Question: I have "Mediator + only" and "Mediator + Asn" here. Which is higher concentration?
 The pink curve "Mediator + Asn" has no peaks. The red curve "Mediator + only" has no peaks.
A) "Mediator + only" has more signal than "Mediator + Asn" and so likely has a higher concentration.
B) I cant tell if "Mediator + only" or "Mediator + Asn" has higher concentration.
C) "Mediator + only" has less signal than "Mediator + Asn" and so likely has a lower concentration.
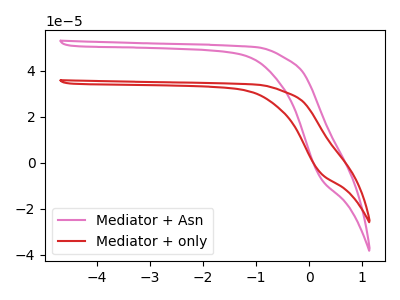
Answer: <think>Neither "Mediator + only" or "Mediator + Asn" have any peaks.
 </think>
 <answer>B) I cant tell if "Mediator + only" or "Mediator + Asn" has higher concentration.</answer>
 <eval>B</eval>